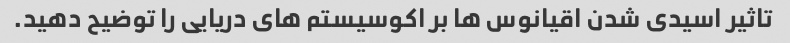
تاثیر اسیدی شدن اقیانوس ها بر اکوسیستم های دریایی را توضیح دهید.